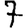
Digit: 7